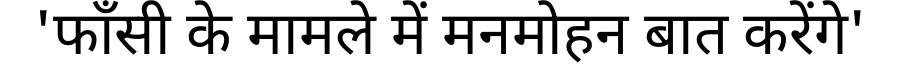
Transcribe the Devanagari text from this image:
'फाँसी के मामले में मनमोहन बात करेंगे'